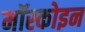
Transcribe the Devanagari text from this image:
मॉस्कोइन